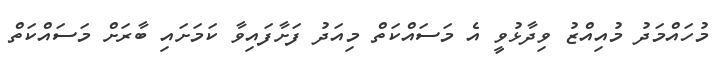
މުހައްމަދު މުއިއްޒު ވިދާޅުވީ އެ މަސައްކަތް މިއަދު ފަށާފައިވާ ކަމަށައި ބާރަށް މަސައްކަތް